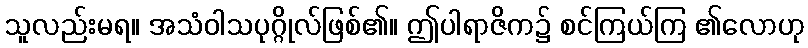
သူလည်းမရ။ အသံဝါသပုဂ္ဂိုလ်ဖြစ်၏။ ဤပါရာဇိက၌ စင်ကြယ်ကြ ၏လောဟု